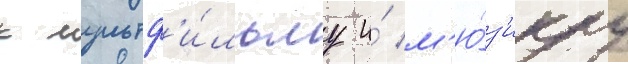
к мультф'и́льму и́ м'ю́з'иклу